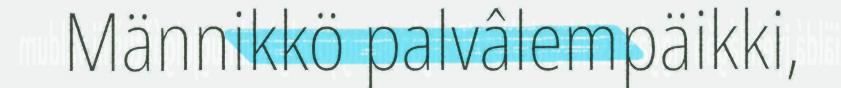
Männikkö palvâlempäikki,